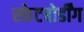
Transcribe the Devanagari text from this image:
स्केटबोर्डींग